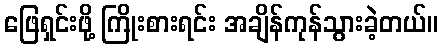
ဖြေရှင်းဖို့ ကြိုးစားရင်း အချိန်ကုန်သွားခဲ့တယ်။